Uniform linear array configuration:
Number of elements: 64
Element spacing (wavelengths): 0.5
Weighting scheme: binomial
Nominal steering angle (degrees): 45
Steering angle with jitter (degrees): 46.362
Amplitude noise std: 0.05
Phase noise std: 0.05

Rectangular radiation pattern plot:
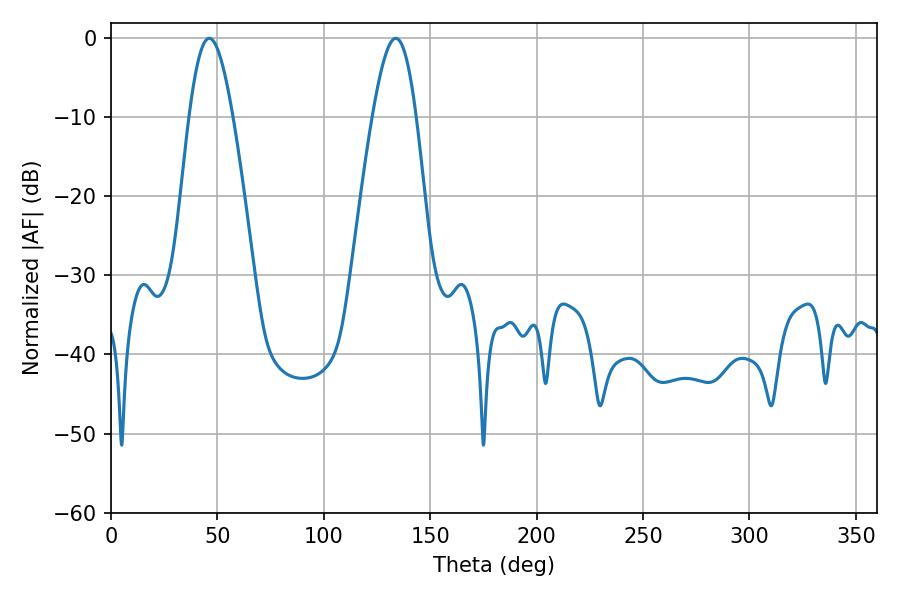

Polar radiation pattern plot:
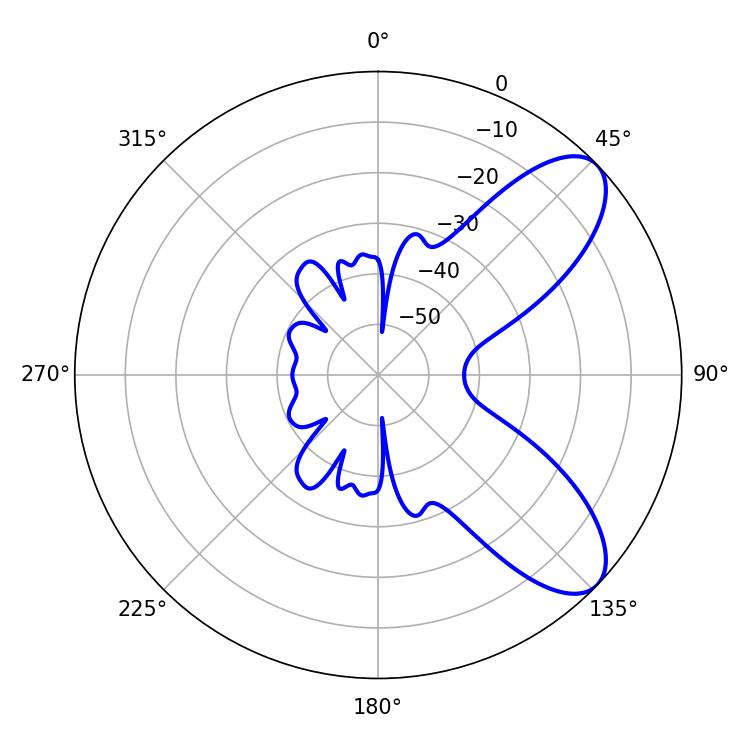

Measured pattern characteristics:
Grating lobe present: FALSE
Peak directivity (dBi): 8.171
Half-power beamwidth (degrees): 10.98
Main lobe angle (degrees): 46.26